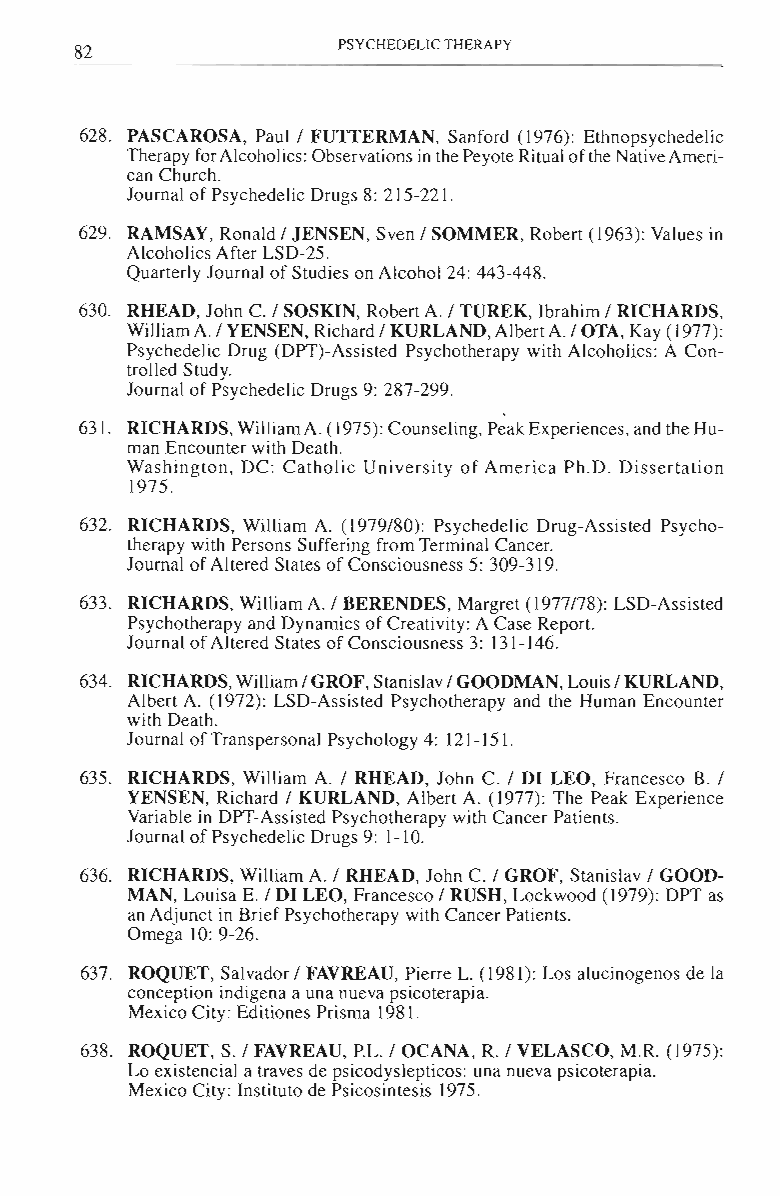
82               PSYCHEDELIC THERAPY
 628. PASCAROSA, Paul/ FUTTERMAN, Sanford (1976): Ethnopsychedelic
 Therapy for Alcoholics: Observations in the Peyote Ritual ofthe Native Ameri­
 can Church.
 Journal of Psychedelic Drugs 8: 215-221.
 629. RAMSAY, Ronald / JENSEN, Sven / SOMMER, Robert (1963): Values in
 Alcoholics After LSD-25.
 Quarterly Journal of Studies on Alcohol 24: 443-448.
 630. RHEAD, John C. / SOSKIN, Robert A. / TUREK, lbrahim / RICHARDS,
 William A./ YENSEN, Richard / KURLAND, AlbertA./ OTA, Kay (1977):
 Psychedelic Drug (DPT)-Assisted Psychotherapy with Alcoholics: A Con­
 trolled Study.
 Journal of Psychedelic Drugs 9: 287-299.
 631. RICHARDS, Wi.lliam A. (1975): Counseling, Peak Experiences, and the Hu­
 man Encounter with Death.
 Washington, DC: Catholic University of America Ph.D. Dissertation
 1975.
 632. RICHARDS, William A. (1979/80): Psychedelic Drug-Assisted Psycho­
 therapy with Persons Suffering from Terminal Cancer.
 Journal of Altered States of Consciousness 5: 309-319.
 633. RICHARDS, WiIJiam A. / BERENDES, Margret (1977178): LSD-Assisted
 Psychotherapy and Dynamics of Creativity: A Case Report.
 Journal of Altered States of Consciousness 3: 131-146.
 634. RICHARDS, WilIiam / GROF, Stanislav / GOODMAN, Louis / KURLAND,
 Albert A. (1972): LSD-Assisted Psychotherapy and the Human Encounter
 with Death.
 Journal of Transpersonal Psychology 4: 121 -15 1.
 635. RICHARDS, William A. / RHEAD, John C. / DJ LEO, Francesco B. /
 YENSEN, Richard / KURLAND, Albert A. (1977): The Peak Experience
 Variable in DPT-Assisted Psychotherapy with Cancer Patients.
 Journal of Psychedelic Drugs 9: 1-10.
 636. RICHARDS, William A. / RHEAD, John C. / GROF, Stanislav / GOOD­
 MAN, Louisa E. / DJ LEO, Francesco / RUSH, Lockwood (1979): DPT as
 an Adjunct in Brief Psychotherapy with Cancer Patients.
 Omega 10: 9-26.
 637. ROQUET, Salvador / FAVREAU, Pierre L. (1981): Los alucinogenos de la
 conception indigena a una nueva psicoterapia.
 Mexico City: Editiones Prisma 1981.
 638. ROQUET, S./ FAVREAU, P.L./ OCANA, R. / VELASCO, M.R. (1975):
 Lo existencial a traves de psicodyslepticos: una nueva psicoterapia.
 Mexico City: Instituto de Psicosintesis 1975.